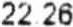
22.26